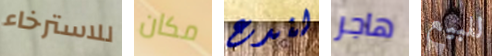
للاسترخاء مكان لندع هاجر للبيع